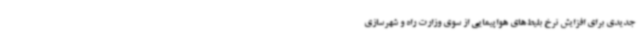
جدیدی برای افزایش نرخ بلیط‌های هواپیمایی از سوی وزارت راه و شهرسازی